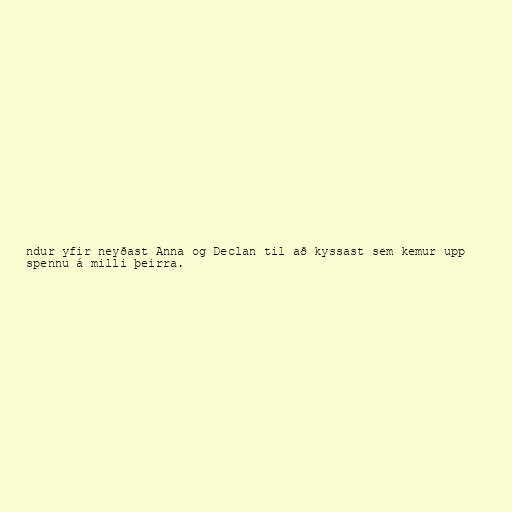
ndur yfir neyðast Anna og Declan til að kyssast sem kemur upp
spennu á milli þeirra.